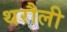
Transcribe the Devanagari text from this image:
थरौली